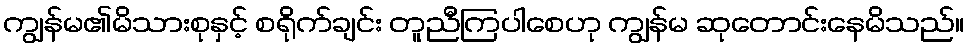
ကျွန်မ၏မိသားစုနှင့် စရိုက်ချင်း တူညီကြပါစေဟု ကျွန်မ ဆုတောင်းနေမိသည်။